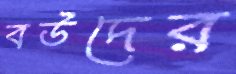
বউদের